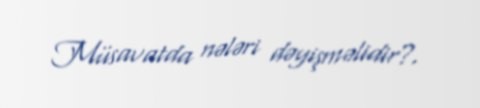
Müsavatda nələri dəyişməlidir?.